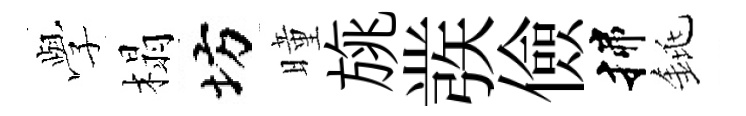
𫝯榻坊曈旐彂儉揲銚